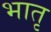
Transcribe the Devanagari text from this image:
भातृ